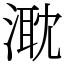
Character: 㴷